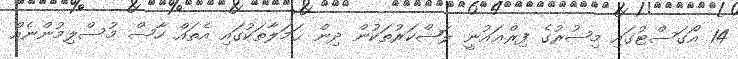
14 އޯގަސްޓުގައި މިޞުރުގެ ފިރްޢައުނީ ލަޝްކަރުތަކުން ދިން ޙަމަލާތަކުގައި އެތައް ހާސް މުސްލިމުންނެއް